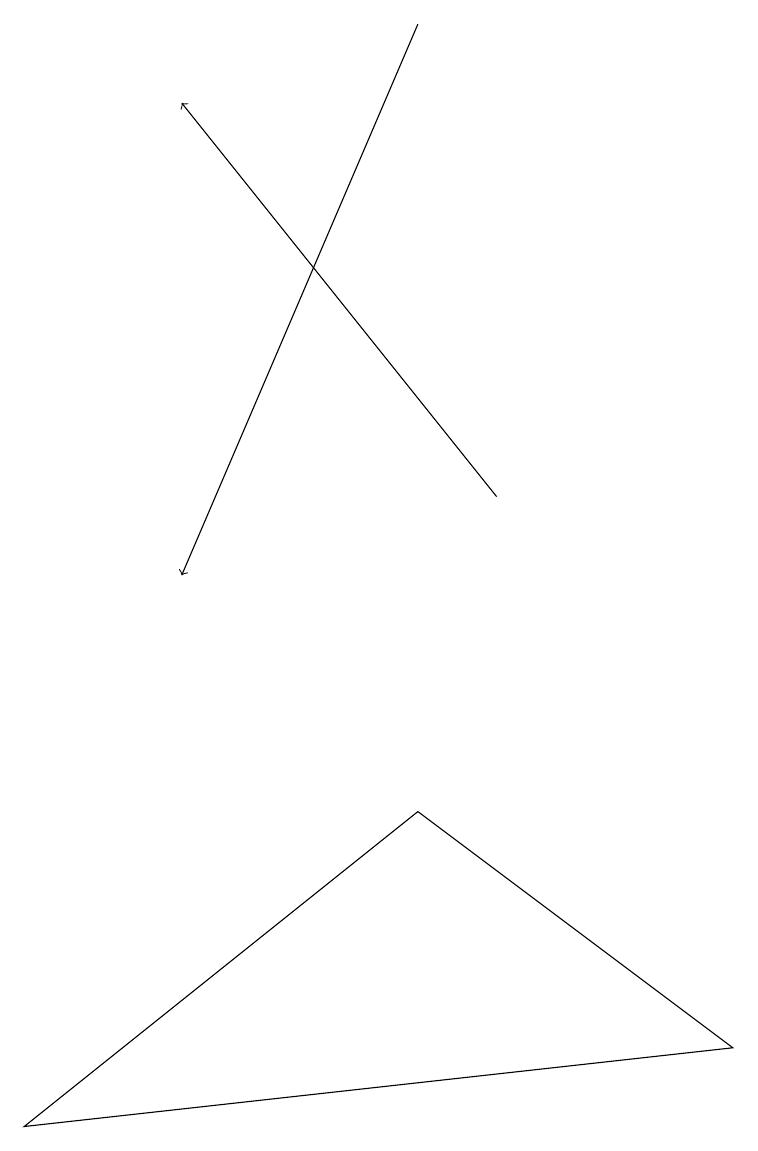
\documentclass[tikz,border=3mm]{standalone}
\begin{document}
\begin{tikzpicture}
\draw[->] (5,19) -- (2,12);
\draw (5,9) -- (9,6) -- (0,5) -- cycle;
\draw[->] (6,13) -- (2,18);
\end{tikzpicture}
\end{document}